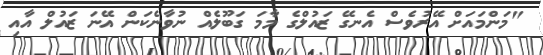
"މަންމައަށް އޭރުވެސް އެނގޭ ޒައުލްގެ މާމަ ގަބޫލެއް ނުވާނެކަން އޭނަ ޒައުލް އާއި